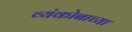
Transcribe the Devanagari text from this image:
व्यंकोबाच्या